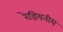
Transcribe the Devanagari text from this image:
रेडियनीय